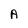
Character: A